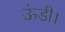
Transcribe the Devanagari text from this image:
ऊंडी।